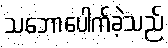
သဘောပေါက်ခဲ့သည်